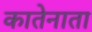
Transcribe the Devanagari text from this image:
कातेनाता